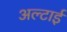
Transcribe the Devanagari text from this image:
अल्टाई